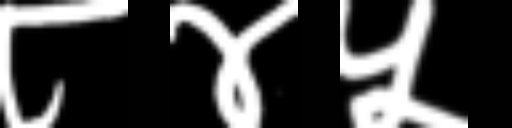
Text: ८४५